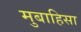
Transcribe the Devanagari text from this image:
मुबाहिसा